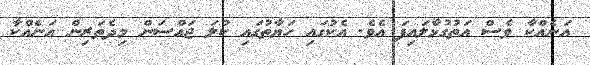
އަނެއްކާ ވެސް އަތުގުޅާލައިފަ އެވެ. އެކުގައި ހަޔާތުގައި ކުލަ ޖައްސަން މިދެތަރިން އަނެއްކާ